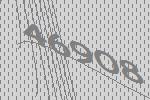
46908